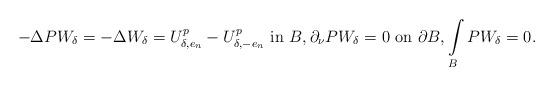
LaTeX: \begin{align*}-\Delta PW_\delta=-\Delta W_\delta = U_{\delta,e_n}^p-U_{\delta,-e_n}^p\ \hbox{in}\ {B}, \partial_\nu P W_{\delta}=0\ \hbox{on}\ \partial{B}, \int\limits_{{B}} P W_{\delta}=0.\end{align*}